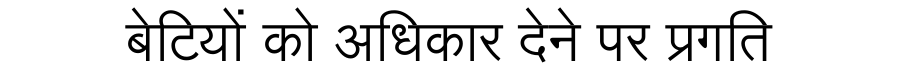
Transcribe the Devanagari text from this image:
बेटियों को अधिकार देने पर प्रगति